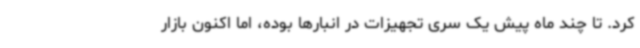
کرد. تا چند ماه پیش یک سری تجهیزات در انبارها بوده، اما اکنون بازار